Indian journal of veterinary science and animal husbandry - Volumes 22-23, 1952-1953
Year: 1952
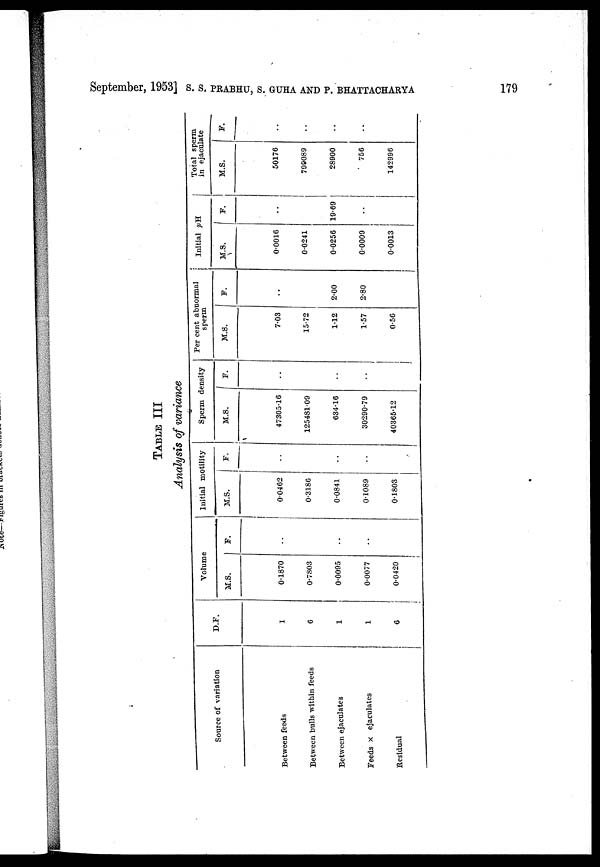
September, 1953] S. S. PRABHU,S. GUHA AND P. BHATTACHARYA 179
TABLE III
Analysis of variance
Source of variation
Between feeds
Between bulls within feeds
Between ejaculates
Feeds × ejaculates
Residual
D.F.
1
6
1
1
6
Volume
M.S.
0.1870
0.7803
0.0095
0.0077
0.0420
F.
. .
. .
. .
Initial motility
M.S.
0.0462
0.3186
0.0841
0.1089
0.1803
F.
. .
. .
. .
Sperm density
M.S.
47305.16
125481.09
634.16
30290.79
40365.12
F.
. .
. .
. .
Per cent abnormal
sperm
M.S.
7.03
15.72
1.12
1.57
0.56
F.
. .
2.00
2.80
Initial pH
M.S.
0.0016
0.0241
0.0256
0.0009
0.0013
F.
. .
19.69
. .
Total sperm
in ejaculate
M.S.
50176
799089
28900
756
142996
F.
. .
. .
. .
. .